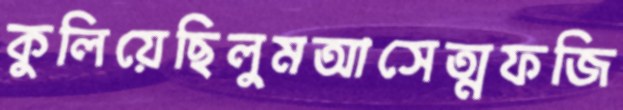
কুলিয়েছিলুমআসেত্মফজি